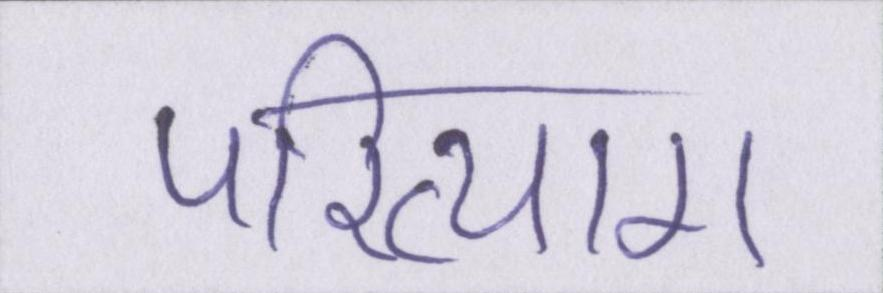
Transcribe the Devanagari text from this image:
परित्याग